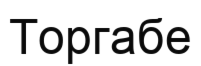
Торгабе